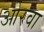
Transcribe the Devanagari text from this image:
ओरवा